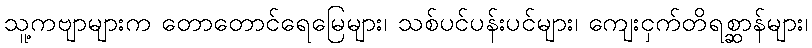
သူ့ကဗျာများက တောတောင်ရေမြေများ၊ သစ်ပင်ပန်းပင်များ၊ ကျေးငှက်တိရစ္ဆာန်များ၊